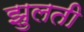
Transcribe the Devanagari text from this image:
झुलती